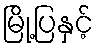
မြို့ပြနှင့်